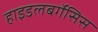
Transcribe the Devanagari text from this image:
हाइडलबर्गेसिस